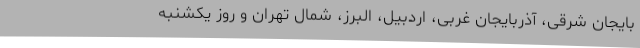
بایجان شرقی، آذربایجان غربی، اردبیل، البرز، شمال تهران و روز یکشنبه